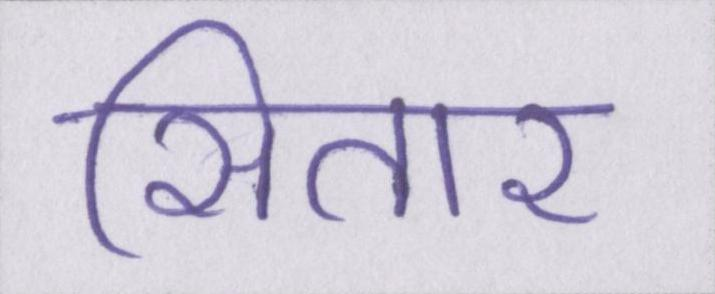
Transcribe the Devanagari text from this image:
सितार